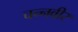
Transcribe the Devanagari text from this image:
चन्नवीर